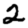
Digit: 2